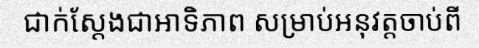
ជាក់ស្តែងជាឤទិភាព សម្រាប់អនុវត្តចាប់ពី